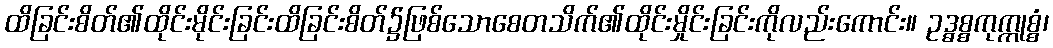
ထိခြင်းစိတ်၏ထိုင်းမိုင်းခြင်းထိခြင်းစိတ်၌ဖြစ်သောစေတသိက်၏ထိုင်းမှိုင်းခြင်းကိုလည်းကောင်း။ ဥဒ္ဓစ္စကုက္ကုစ္စံ၊